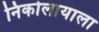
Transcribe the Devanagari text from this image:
निकोलायाला